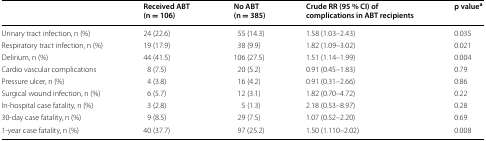
<table><thead><tr><td></td><td><b>Received ABT (n = 106)</b></td><td><b>No ABT (n = 385)</b></td><td><b>Crude RR (95 % CI) of complications in ABT recipients</b></td><td><b>p value<sup>a</sup></b></td></tr></thead><tbody><tr><td>Urinary tract infection, n (%)</td><td>24 (22.6)</td><td>55 (14.3)</td><td>1.58 (1.03–2.43)</td><td>0.035</td></tr><tr><td>Respiratory tract infection, n (%)</td><td>19 (17.9)</td><td>38 (9.9)</td><td>1.82 (1.09–3.02)</td><td>0.021</td></tr><tr><td>Delirium, n (%)</td><td>44 (41.5)</td><td>106 (27.5)</td><td>1.51 (1.14–1.99)</td><td>0.004</td></tr><tr><td>Cardio vascular complications</td><td>8 (7.5)</td><td>20 (5.2)</td><td>0.91 (0.45–1.83)</td><td>0.79</td></tr><tr><td>Pressure ulcer, n (%)</td><td>4 (3.8)</td><td>16 (4.2)</td><td>0.91 (0.31–2.66)</td><td>0.86</td></tr><tr><td>Surgical wound infection, n (%)</td><td>6 (5.7)</td><td>12 (3.1)</td><td>1.82 (0.70–4.72)</td><td>0.22</td></tr><tr><td>In-hospital case fatality, n (%)</td><td>3 (2.8)</td><td>5 (1.3)</td><td>2.18 (0.53–8.97)</td><td>0.28</td></tr><tr><td>30-day case fatality, n (%)</td><td>9 (8.5)</td><td>29 (7.5)</td><td>1.07 (0.52–2.20)</td><td>0.69</td></tr><tr><td>1-year case fatality, n (%)</td><td>40 (37.7)</td><td>97 (25.2)</td><td>1.50 (1.110–2.02)</td><td>0.008</td></tr></tbody></table>